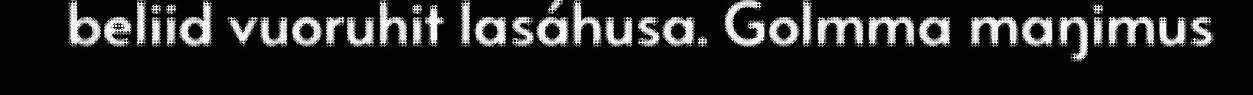
beliid vuoruhit lasáhusa. Golmma maŋimus